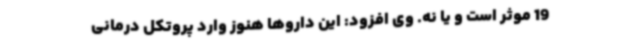
19 موثر است و یا نه. وی افزود: این داروها هنوز وارد پروتکل درمانی